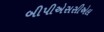
બીપીએસસીએલ